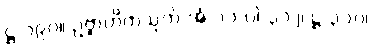
ဋ္ဌ-၁၉၀။ ဥဗ္ဗာဟိကသုတ်-အံ-၁၁-ပါ-၃၁၂၊ ဋ္ဌ-၃၁၀၊